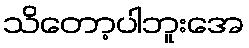
သိတော့ပါဘူးအေ